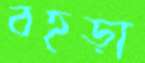
বহড়া